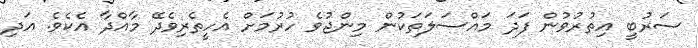
ސަރުބީ އިތުރުވުން ފަދަ މައްސަލަތަކުން މިންޖުވެ ހުރުމަށް އެހީތެރިވެދޭ މާއްދާ އެކެވެ. އަދި